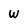
Character: W